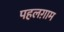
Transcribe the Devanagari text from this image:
पहलग़ाम